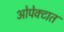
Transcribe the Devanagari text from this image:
ओपेक्टात